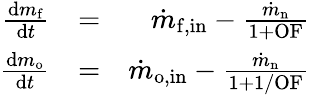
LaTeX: \begin{array}{rlr}{\frac{\mathrm{d}m_{\mathrm{f}}}{\mathrm{d}t}}&{=}&{\dot{m}_{\mathrm{f,in}}-\frac{\dot{m}_{\mathrm{n}}}{1+\mathrm{OF}}}\\ {\frac{\mathrm{d}m_{\mathrm{o}}}{\mathrm{d}t}}&{=}&{\dot{m}_{\mathrm{o,in}}-\frac{\dot{m}_{\mathrm{n}}}{1+1/\mathrm{OF}}}\end{array}